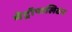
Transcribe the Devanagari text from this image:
मेट्रॉपालिटन